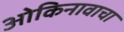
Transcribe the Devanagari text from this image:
ओकिनावाचा